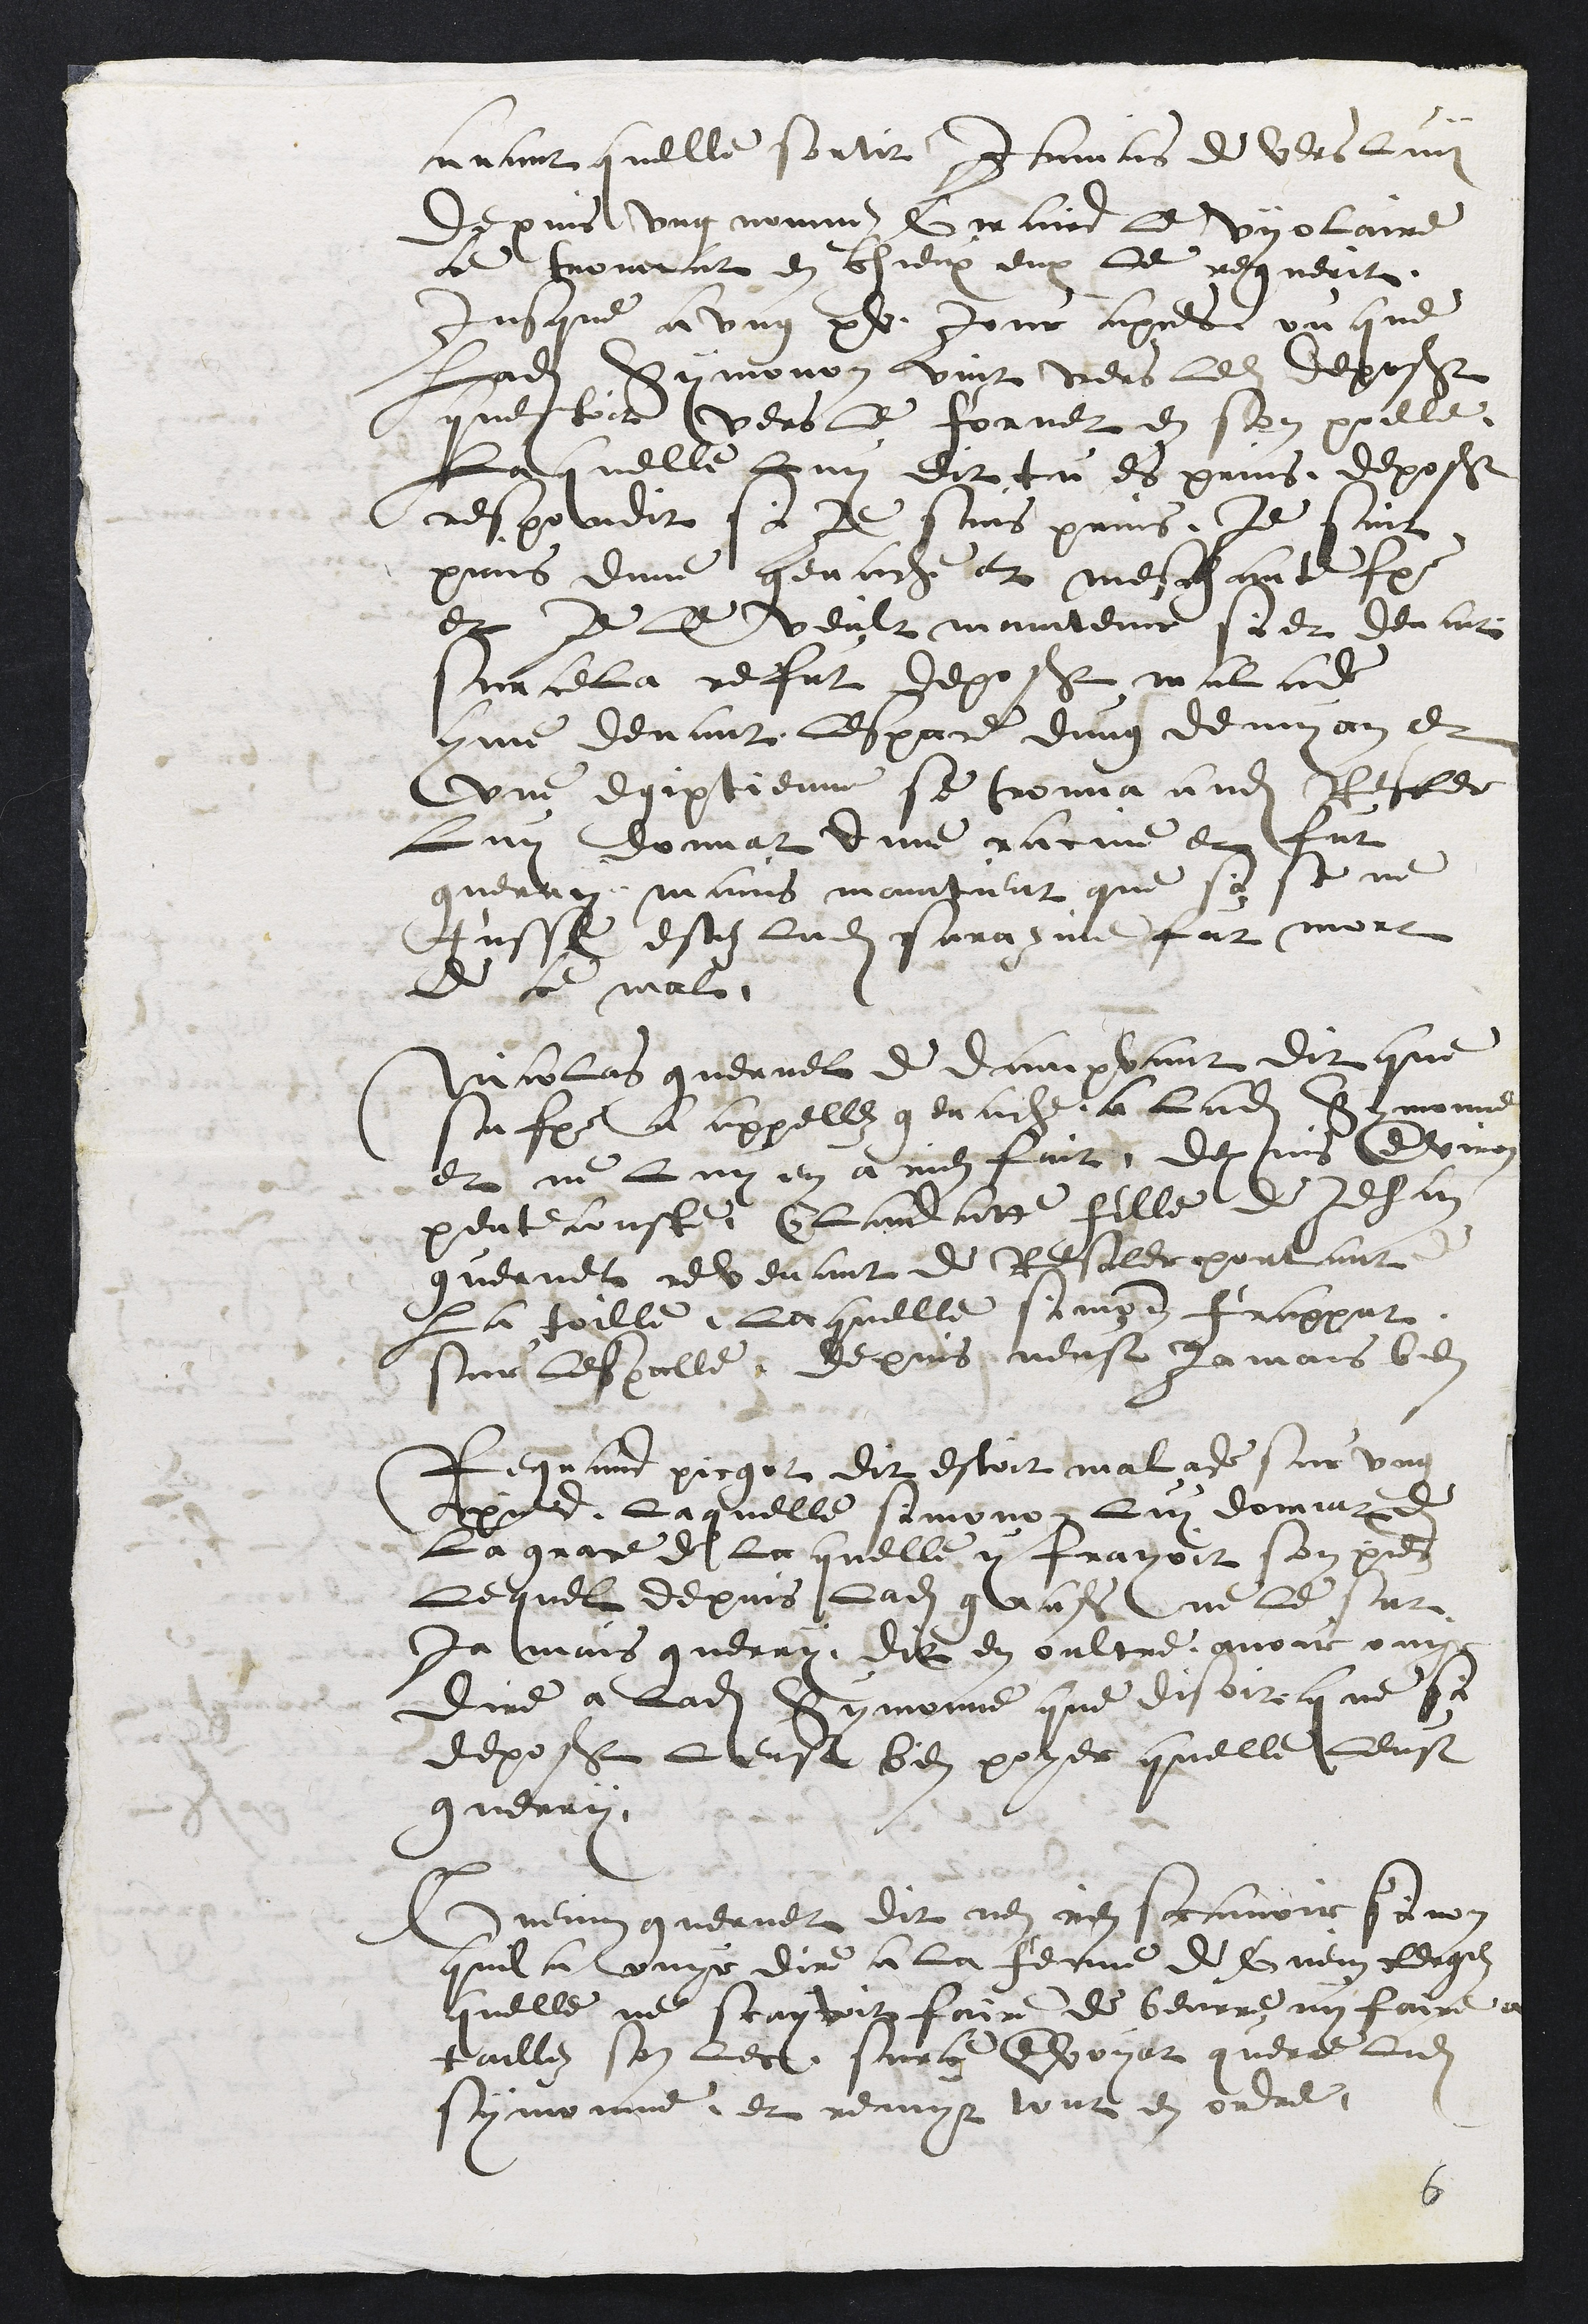
avant quelle sortit jamais de vers luy
depuis ung nommez Giraird le vyolaire
ce troveat en chieux eux le reguerit,
jusque a ung xv jour apres ou que
Ladite Symonon vint vers ledit deposant
questoit vers le fornet en son poille
Laquelle Luy dit tu es prins, deposant
respondit si Je suis prins, je suis
prins dune genache et meschante femme
et je le veult maintenir si et devant
sur cella refut deposant malade
comme devant lespace dung demy an et
une egiptienne se trouva audit Resclere
Luy donnat dune racine et fut
guerry mais maintient que si se ne
fusse estez Ladite sarazine fut mort
de ce mal
Nicolas guernel de dampvant dit que
sa femme a appellez genache a ladite Symonne
et ne luy en a rien fait, depuis environ
pentecouste Claudatte fille de Jehan
guernel revenant de Resclere pourtant de
La toille, laquelle simonne frappat
sur lespalle, depuis neust jamais bien
Regnaud picgot dit estoit malade sur ung
pied, Laquelle simonon Luy donnat de
La grace de la quelle y frayoit son pied
Lequel depuis ladite grasse ne le sut
ja mais guerry dit en oultre avoir ouyr
dire a ladite Symonne que disoit que si
deposant leust bien poyer quelle leust
guerry,
Guenin guernet dit nen rien scavoir sinon
quil a ouyr dire a la femme de Guenin Reogez
quelle ne scayvoit faire de beurre ny faire à
caillez son lect surce envoyat querre ladite
symonne, et remyt tout en ordre,